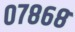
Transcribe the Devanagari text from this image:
०७८६८